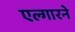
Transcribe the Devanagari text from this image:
एल्गारने